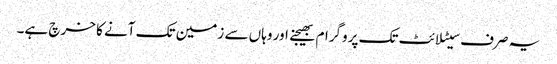
یہ صرف سیٹلائٹ تک پروگرام بھیجنے اور وہاں سے زمین تک آنے کا خرچ ہے۔